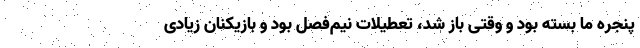
پنجره ما بسته بود و وقتی باز شد، تعطیلات نیم‌فصل بود و بازیکنان زیادی